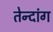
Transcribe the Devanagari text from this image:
तेन्दांग